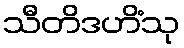
သီတိဒဟိံသု